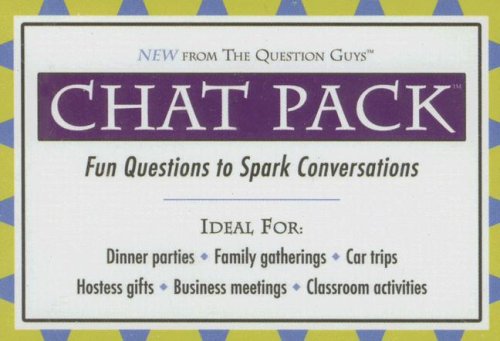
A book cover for Chat Pack: Fun Questions to Spark Conversations; Question Guys; Self-Help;